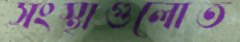
সংস্থাগুলোত